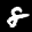
Label: 8